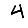
Digit: 4